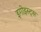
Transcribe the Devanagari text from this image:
इगोइस्ट्स